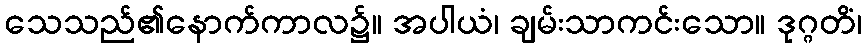
သေသည်၏နောက်ကာလ၌။ အပါယံ၊ ချမ်းသာကင်းသော။ ဒုဂ္ဂတိံ၊